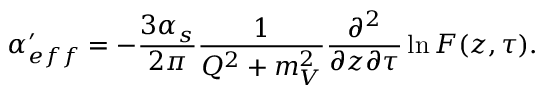
\alpha _ { e f f } ^ { \prime } = - \frac { 3 \alpha _ { s } } { 2 \pi } \frac { 1 } { Q ^ { 2 } + m _ { V } ^ { 2 } } \frac { \partial ^ { 2 } } { \partial z \partial \tau } \ln { \cal F } ( z , \tau ) .